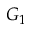
G _ { 1 }